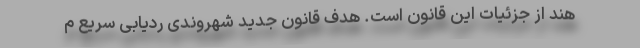
هند از جزئیات این قانون است. هدف قانون جدید شهروندی ردیابی سریع م